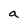
Character: a